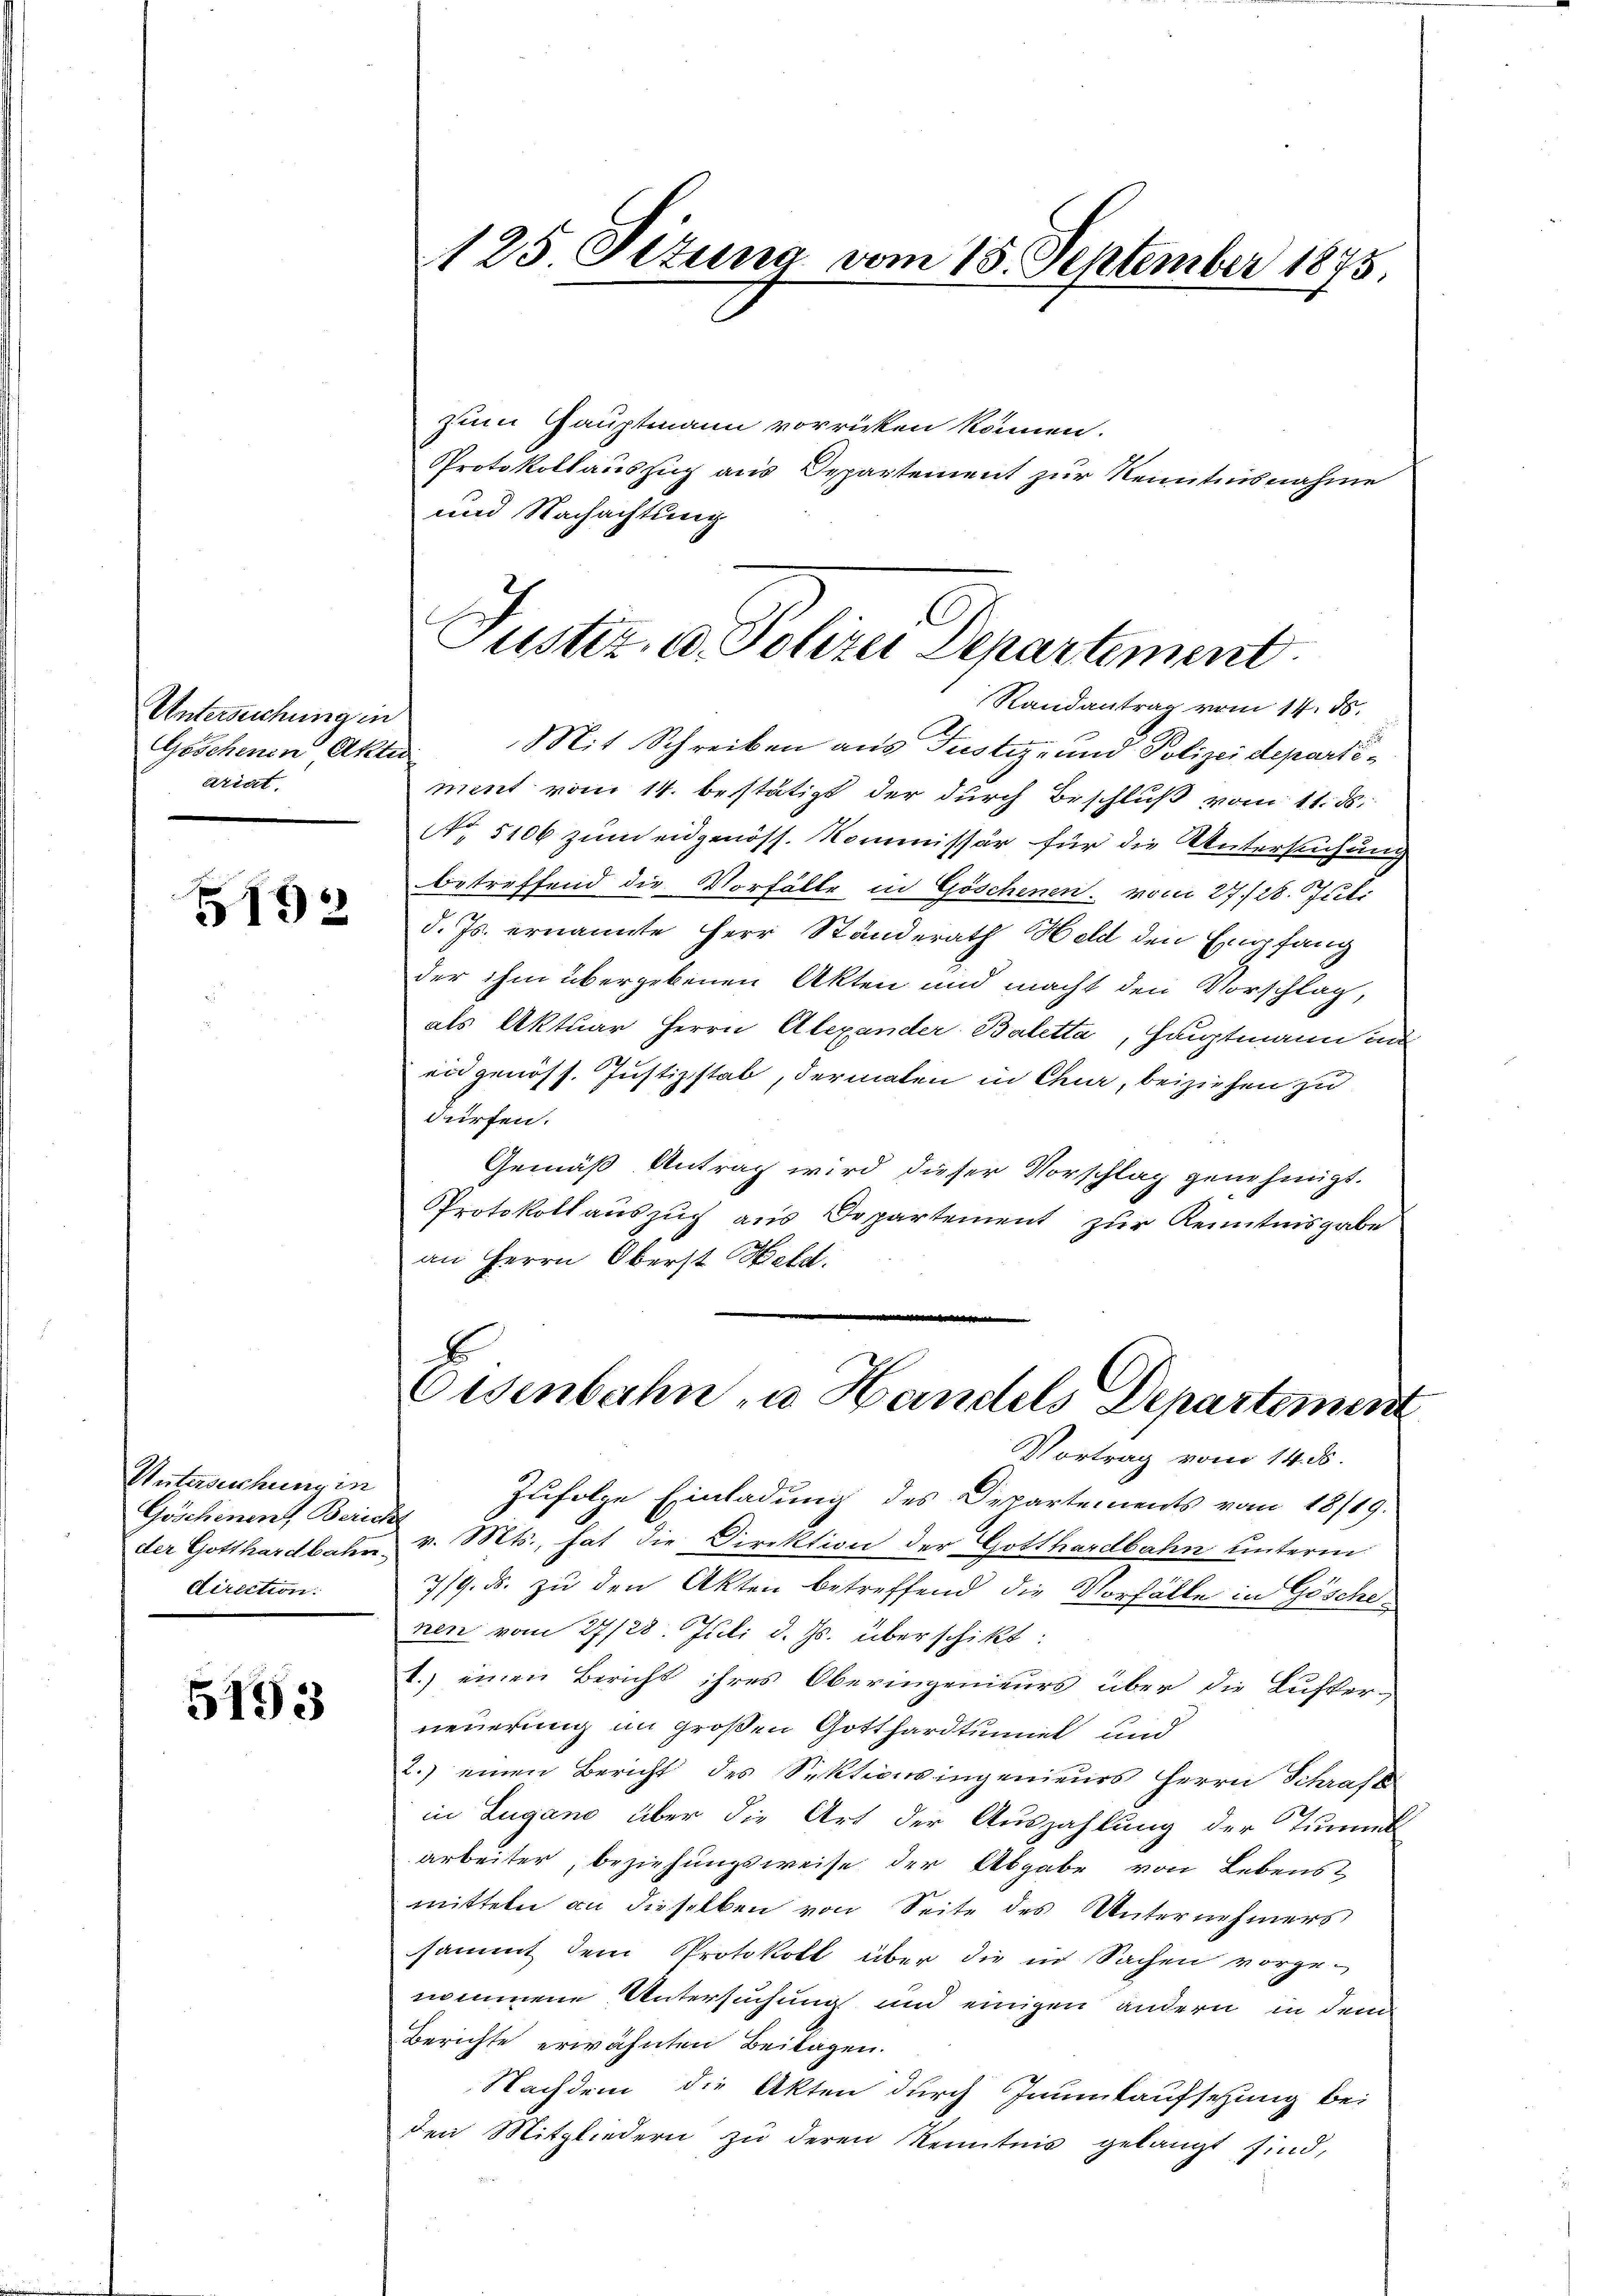
Untersuchung in
Geschenen Akti
ariat.

5192

Untersuchung in
Göschenen Beriche
direction.

5193

zum Hauptmann vorrücken können.
Protokollauszug aus Departement zur Kenntnisnahme
und Nachachtung
Mit Schreiben aus Justiz- und Polizeidepartiment vom 14. bestätigt der durch Beschluß vom 11. ds.
NNo. 5106 zum eidgenöss. Kommissär für die Untersuchung
betreffend die Vorfälle in Göschenen vom 27./28. Juli
d. Js. ernannte Herr Standerath Held den Empfang
der ihm übergebenen Akten und macht den Vorschlag,
als Aktuar Herrn Alexander Baletta, Hauptmann in
e
end genöss. Justizstab, dermalen in Chur, beiziehen zu
dürfen.
Gemäß Antrag wird dieser Vorschlag genehmigt.
Protokollauszug aus Departement zur Kenntnisgabe
an Herrn Oberst Held:
e
.
Eisenbahn u Handels Departemen
Vortrag vom 14. ds.
Zufolge Einladung des Departements vom 18/19.
der Gotthardbahr v. Mts., hat die Direktion der Gotthardbahn unterm
7/9. ds. zu den Akten betreffend die Vorfälle in Gösche
nen vom 27/28. Juli d. Js. überschikt:
1.) einen Bericht ihres Oberingenieurs über die Lufter-
neuerung im großen Gotthardtumiel und
2.) einen Bericht des Sektionsingenieurs Herrn Schraft
in Lugano über die Art der Auszahlung der Tummt
arbeiter, beziehungsweise der Abgabe von Lebens
mitteln an dieselben von Seite des Unternehmers
sammt dem Protokoll über die in Sachen vorge-
nommene Untersuchung und einigen andern in dem
Berichte erwähnten Beilagen.
Nachdem die Akten durch Jnumkaufsetzung bei
den Mitgliedern zu deren Kenntnis gelangt sind,

125. Ottung vom 18. September 1875.

Justiz a. Polizer Departement.
Randantrag vom 14. ds.